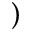
)